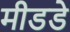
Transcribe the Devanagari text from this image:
मीडडे